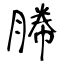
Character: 幐